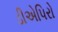
ડીએપિરો